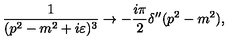
{ \frac { 1 } { ( p ^ { 2 } - m ^ { 2 } + i \varepsilon ) ^ { 3 } } } \rightarrow - { \frac { i \pi } { 2 } } \delta ^ { \prime \prime } ( p ^ { 2 } - m ^ { 2 } ) ,